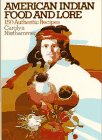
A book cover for American Indian Food and Lore; Carolyn Niethammer; Cookbooks, Food & Wine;